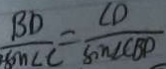
\frac { B D } { \sin \angle C } = \frac { C D } { \sin \angle C B D }